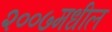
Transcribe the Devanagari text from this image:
२००७मधील